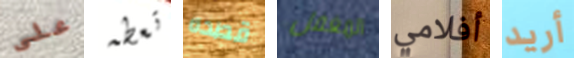
على تعطه قصده المغفل أفلامي أريد